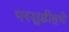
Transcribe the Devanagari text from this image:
परसुडीहचे